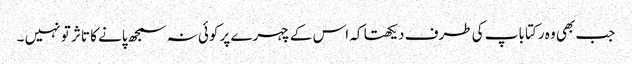
جب بھی وہ رکتا باپ کی طرف دیکھتا کہ اس کے چہرے پر کوئی نہ سمجھ پانے کا تاثر تو نہیں ۔